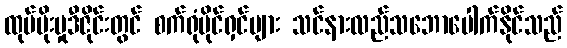
ထုပ်ပိုးမှုဒီဇိုင်းတွင် စက်ရုံပိုင်ရှင်များ သင်နားလည်သဘောပေါက်နိုင်သည်